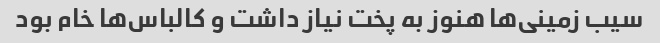
سیب زمینی‌ها هنوز به پخت نیاز داشت و کالباس‌ها خام بود